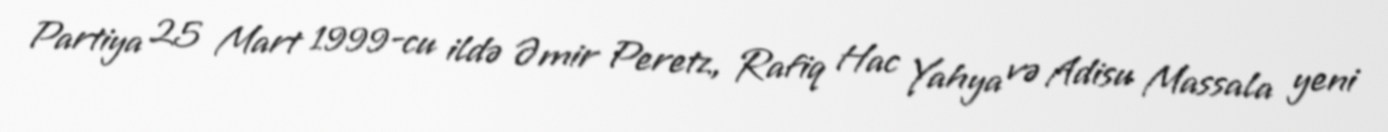
Partiya 25 Mart 1999-cu ildə Əmir Peretz, Rafiq Hac Yahya və Adisu Massala yeni